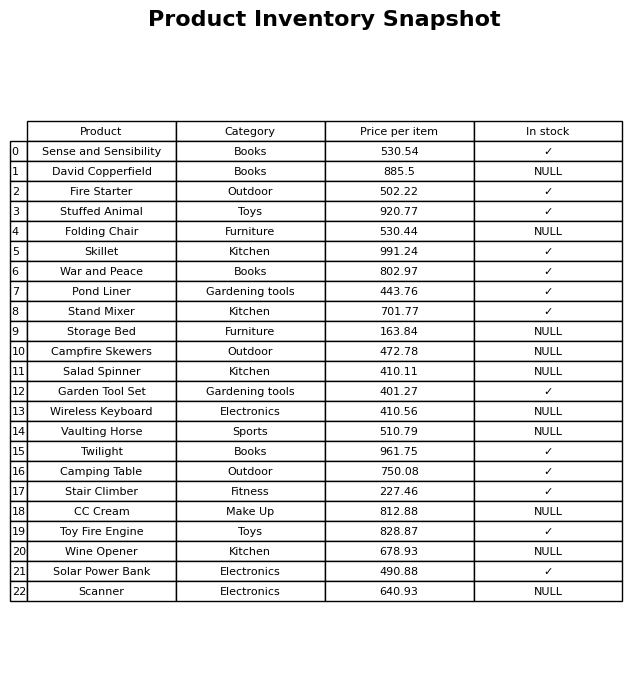
question: What is the price of the CC Cream?
answer: The price of CC Cream is 812.88.